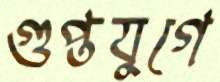
গুপ্তযুগে